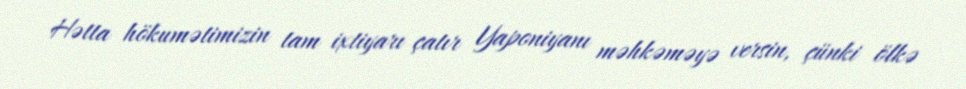
Hətta hökumətimizin tam ixtiyarı çatır Yaponiyanı məhkəməyə versin, çünki ölkə